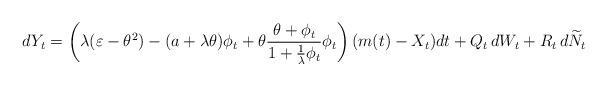
LaTeX: \begin{align*}dY_t=\left(\lambda(\varepsilon- \theta^2) - (a +\lambda \theta) \phi_t + \theta\frac{\theta+\phi_t}{1+\frac{1}{\lambda}\phi_t}\phi_t \right)(m(t) - X_t) dt+Q_t\,dW_t+R_{t}\,d\widetilde N_t\end{align*}